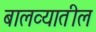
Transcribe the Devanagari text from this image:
बालव्यातील